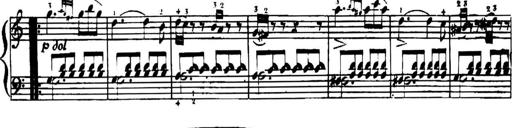
Title: 6 Sonatines faciles et doigtÃ©es, Op.410
Composer: Carl Czerny